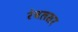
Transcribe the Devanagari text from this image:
रेवलसर